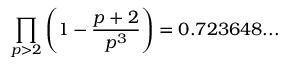
\prod _ { p > 2 } \left( 1 - { \frac { p + 2 } { p ^ { 3 } } } \right) = 0 . 7 2 3 6 4 8 . . .